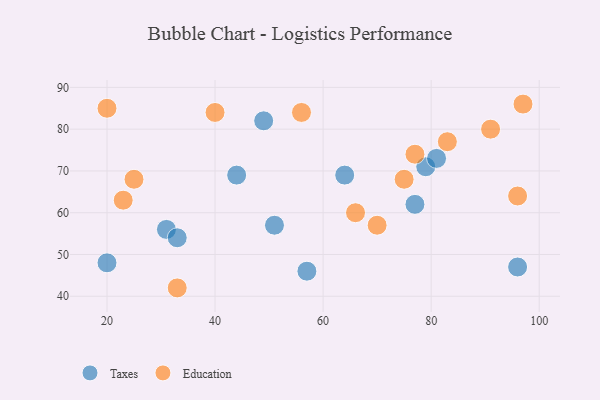
{"axis": {"x": "GDP", "y": "Life Expectancy"}, "legend": ["Education", "Taxes"], "data": [{"x": "96", "y": 47, "type": "Taxes"}, {"x": "31", "y": 56, "type": "Taxes"}, {"x": "20", "y": 48, "type": "Taxes"}, {"x": "57", "y": 46, "type": "Taxes"}, {"x": "79", "y": 71, "type": "Taxes"}, {"x": "33", "y": 54, "type": "Taxes"}, {"x": "64", "y": 69, "type": "Taxes"}, {"x": "51", "y": 57, "type": "Taxes"}, {"x": "49", "y": 82, "type": "Taxes"}, {"x": "77", "y": 62, "type": "Taxes"}, {"x": "81", "y": 73, "type": "Taxes"}, {"x": "44", "y": 69, "type": "Taxes"}, {"x": "33", "y": 42, "type": "Education"}, {"x": "77", "y": 74, "type": "Education"}, {"x": "97", "y": 86, "type": "Education"}, {"x": "56", "y": 84, "type": "Education"}, {"x": "75", "y": 68, "type": "Education"}, {"x": "66", "y": 60, "type": "Education"}, {"x": "40", "y": 84, "type": "Education"}, {"x": "20", "y": 85, "type": "Education"}, {"x": "23", "y": 63, "type": "Education"}, {"x": "91", "y": 80, "type": "Education"}, {"x": "25", "y": 68, "type": "Education"}, {"x": "70", "y": 57, "type": "Education"}, {"x": "83", "y": 77, "type": "Education"}, {"x": "96", "y": 64, "type": "Education"}]}